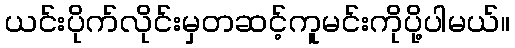
ယင်းပိုက်လိုင်းမှတဆင့်ကူမင်းကိုပို့ပါမယ်။